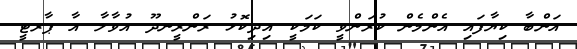
އަންބާ ކިޔާފައި އެންމެން ކުރަންވީ ކަމަކީ އިިދިކޮޅު ރަންރީނދޫ އުވާލާ އާ ޕާރޓީ